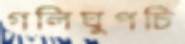
গলিঘুপচি